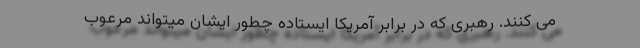
می کنند. رهبری که در برابر آمریکا ایستاده چطور ایشان میتواند مرعوب